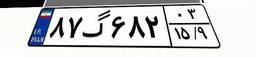
۸۷گ۶۸۲۰۳